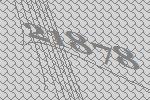
21878